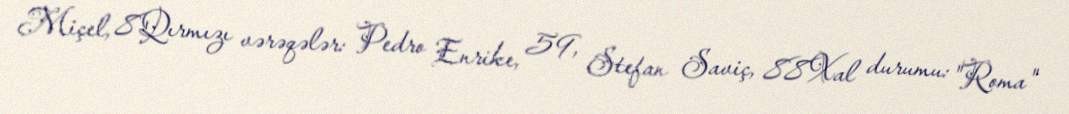
Miçel, 8Qırmızı vərəqələr: Pedro Enrike, 59, Stefan Saviç, 88Xal durumu: "Roma"